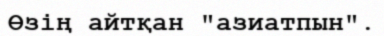
Өзің айтқан "азиатпын".